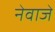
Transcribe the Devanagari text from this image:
नेवाजे